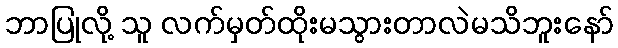
ဘာပြုလို့ သူ လက်မှတ်ထိုးမသွားတာလဲမသိဘူးနော်